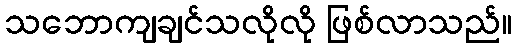
သဘောကျချင်သလိုလို ဖြစ်လာသည်။